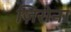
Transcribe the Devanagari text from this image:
ज़िरोना